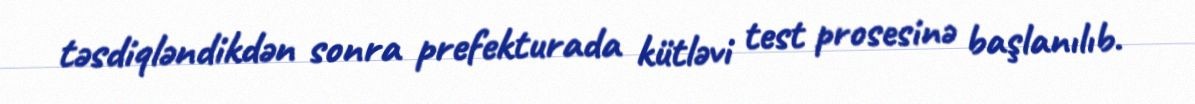
təsdiqləndikdən sonra prefekturada kütləvi test prosesinə başlanılıb.